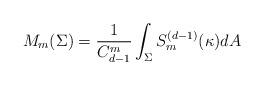
LaTeX: \begin{align*}M_m(\Sigma)=\frac{1}{C^m_{d-1}}\int_{\Sigma} S^{(d-1)}_m(\kappa) dA\end{align*}